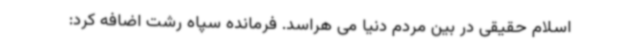
اسلام حقیقی در بین مردم دنیا می هراسد. فرمانده سپاه رشت اضافه کرد: